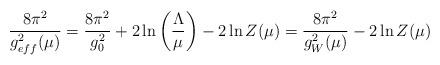
LaTeX: \begin{align*}\frac {8 \pi ^{2}}{g_{eff}^{2}(\mu)} =\frac { 8 \pi ^{2}}{g_{0}^{2}} + 2 \ln \left( \frac {\Lambda}{\mu} \right) -2 \ln Z(\mu) =\frac {8 \pi^{2}}{g_{W}^{2}(\mu)} - 2 \ln Z(\mu)\end{align*}